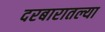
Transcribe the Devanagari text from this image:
दरबारातल्या